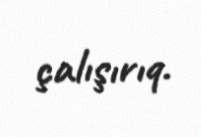
çalışırıq.